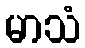
မာသံ